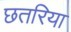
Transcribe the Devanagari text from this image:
छतरिया